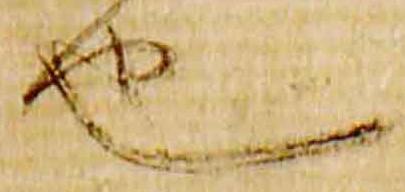
也